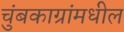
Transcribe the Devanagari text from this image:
चुंबकाग्रांमधील